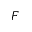
F